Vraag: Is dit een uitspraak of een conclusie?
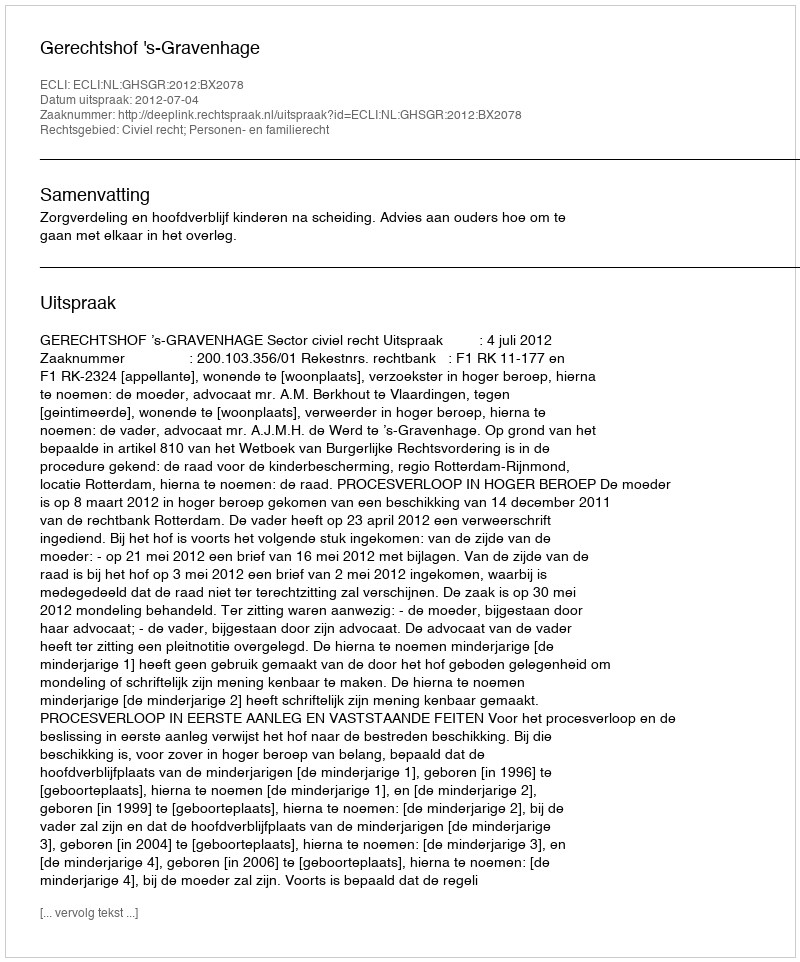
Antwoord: Uitspraak